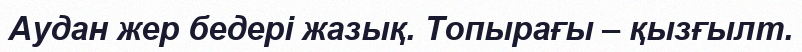
Аудан жер бедері жазық. Топырағы – қызғылт.